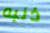
ذنبه